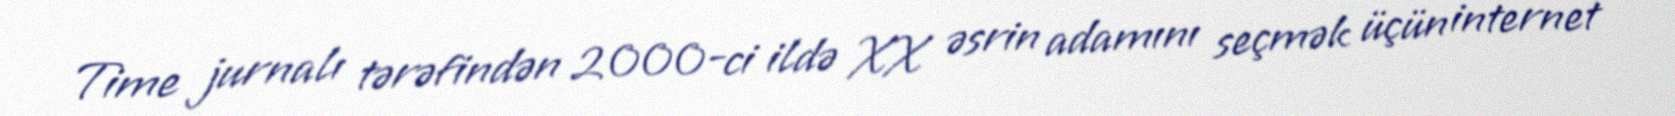
Time jurnalı tərəfindən 2000-ci ildə XX əsrin adamını seçmək üçün internet